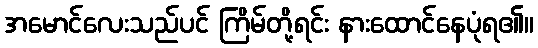
အမောင်လေးသည်ပင် ကြိမ်တို့ရင်း နားထောင်နေပုံရ၏။